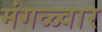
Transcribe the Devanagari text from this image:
मंगळ्वार